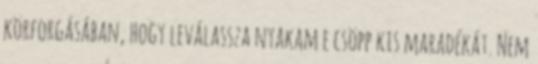
körforgásában, hogy leválassza nyakam e csöpp kis maradékát. Nem